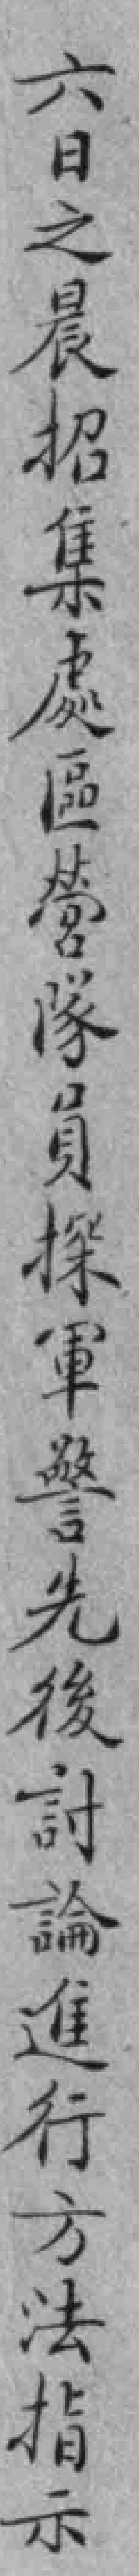
六日之晨招集處區營隊員探軍警先後討論進行方法指示